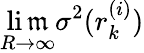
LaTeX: \operatorname*{li\mathfrak{m}}_{R\rightarrow\infty}\sigma^{2}(r_{k}^{(i)})